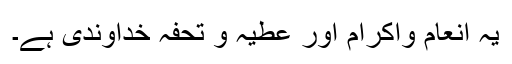
یہ انعام واکرام اور عطیہ و تحفہ خداوندی ہے۔